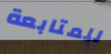
للمتابعة